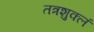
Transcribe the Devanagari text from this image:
तत्रशुक्लं